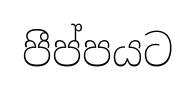
පීප්පයට